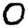
Digit: 0